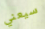
سيعني